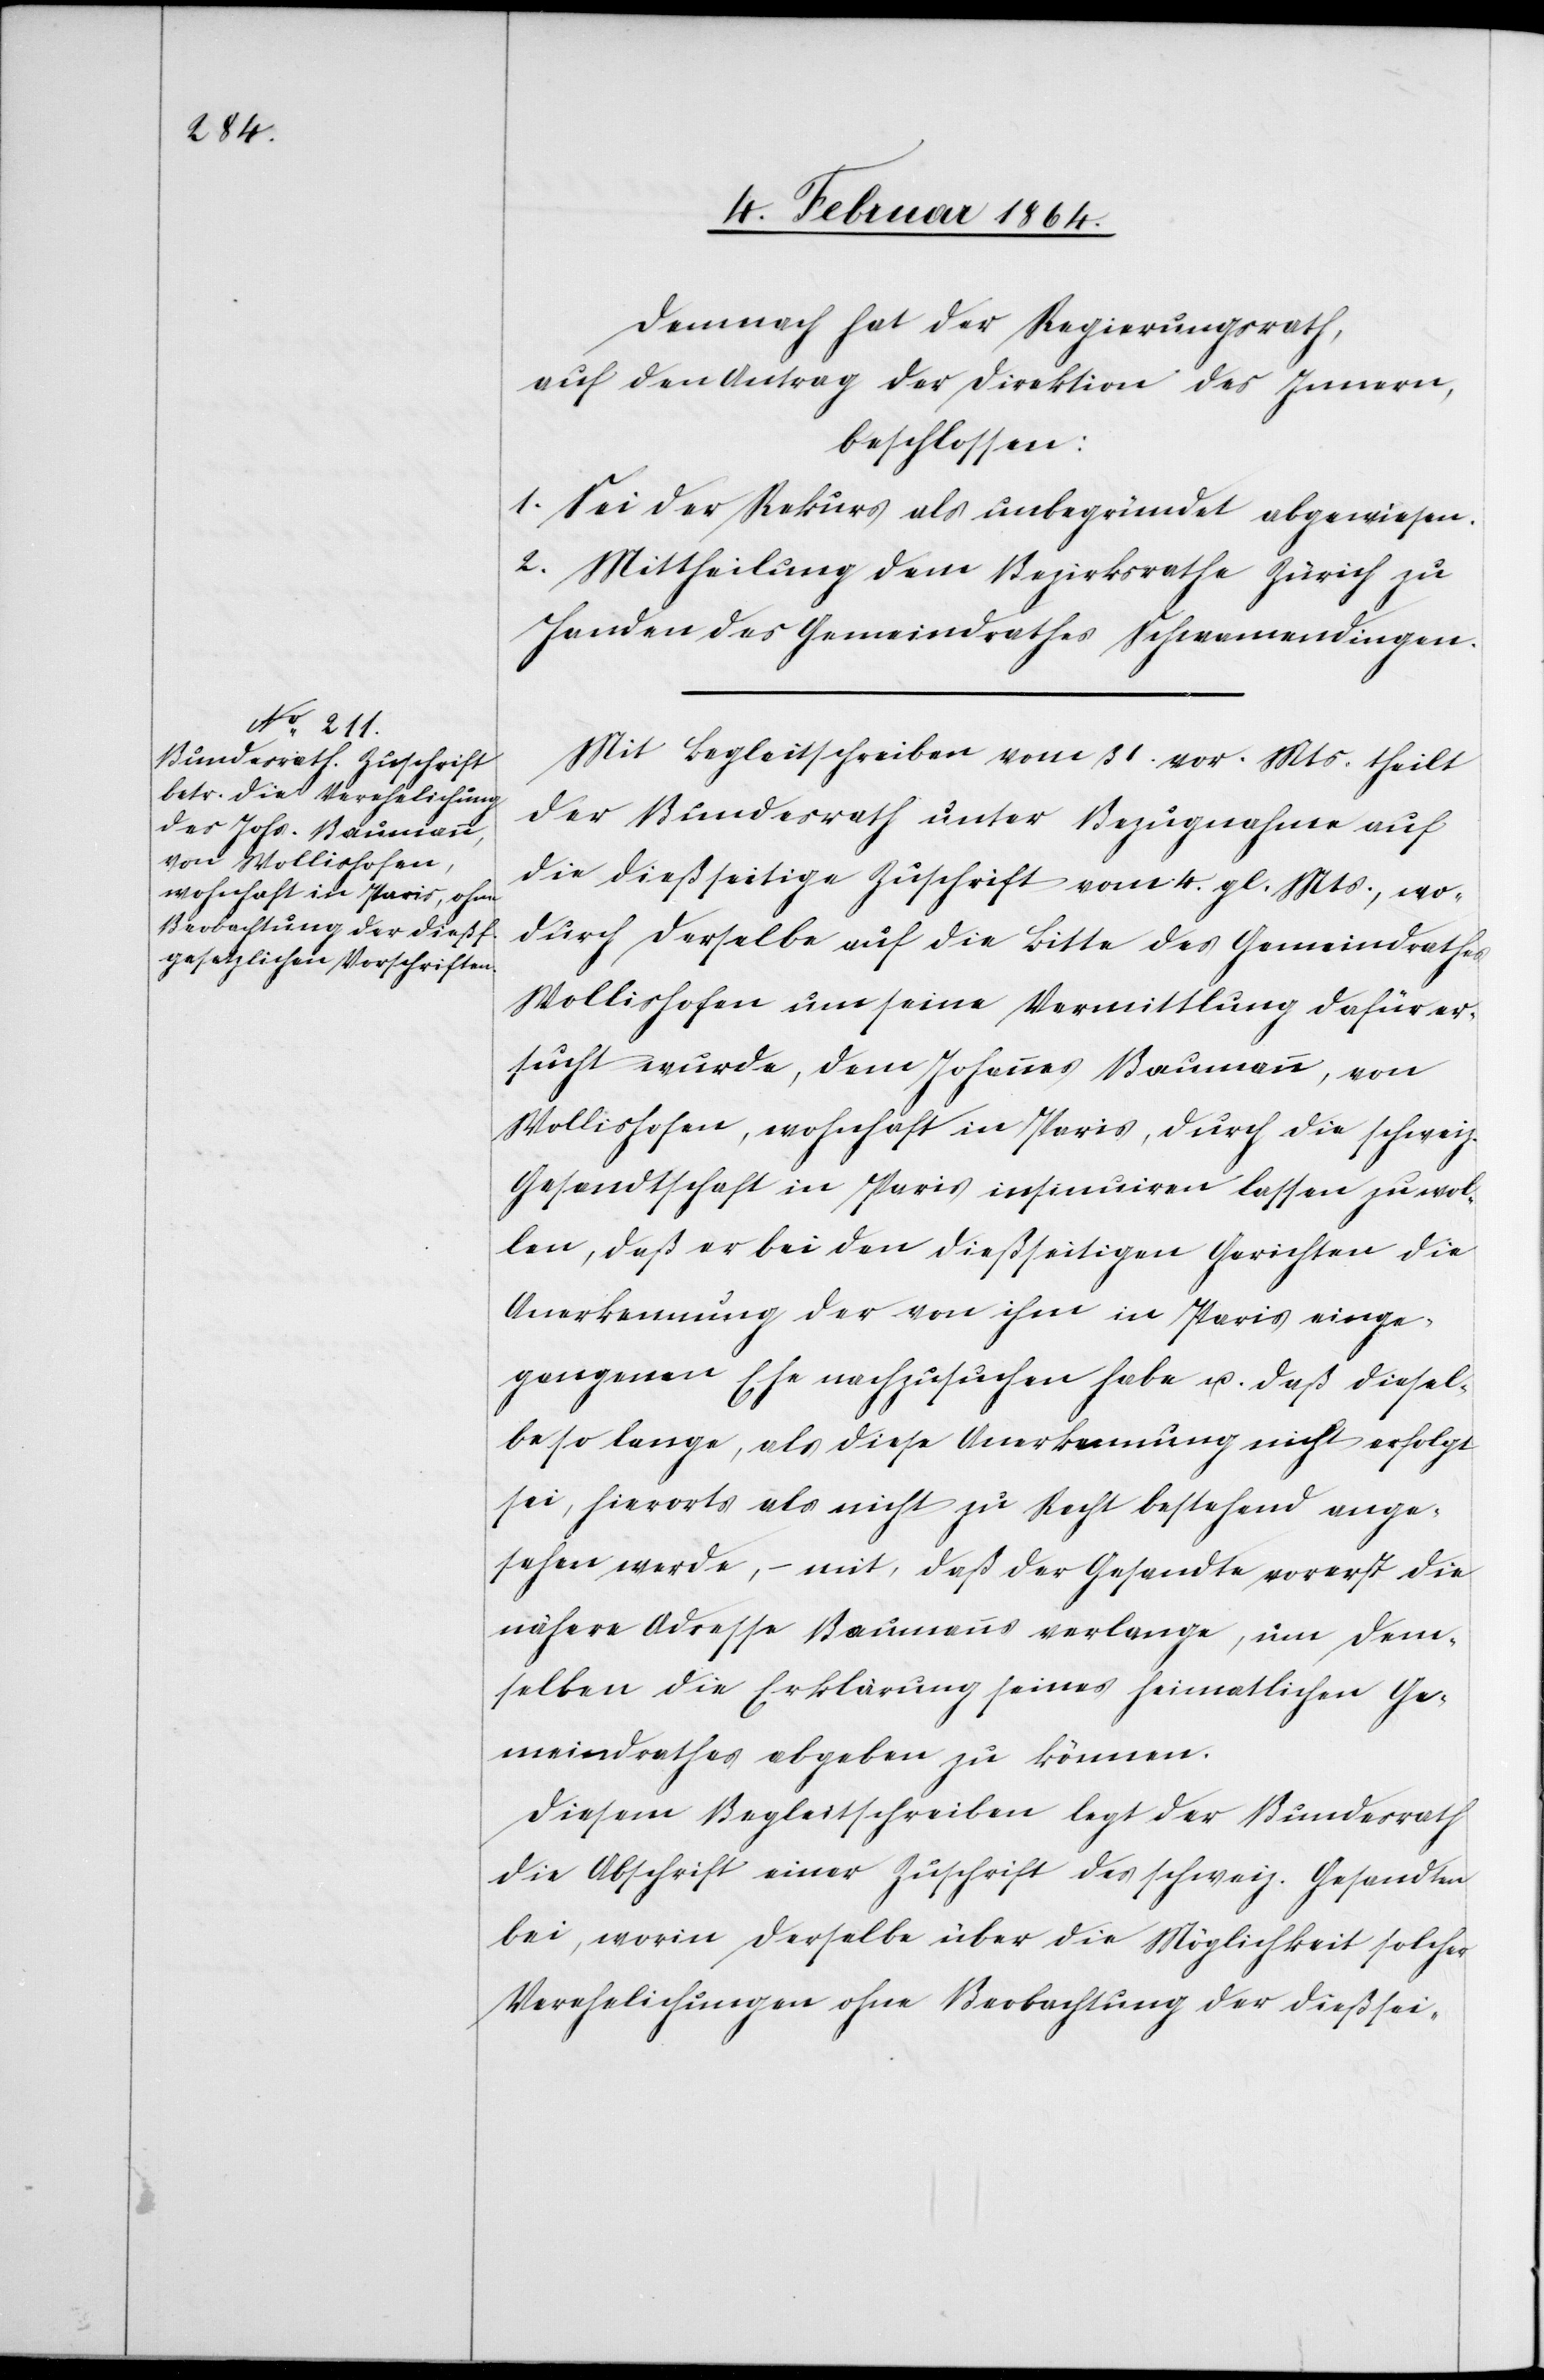
Demnach hat der Regierungsrath,
auf den Antrag der Direktion des Innern,
beschlossen:
1. Sei der Rekurs als unbegründet abgewiesen.
2. Mittheilung dem Bezirksrathe Zürich zu
Handen des Gemeindrathes Schwamendingen.
Mit Begleitschreiben vom 31. vor. Mts. theilt
der Bundesrath unter Bezugnahme auf
die dießseitige Zuschrift vom 4. gl. Mts., wo¬
durch derselbe auf die Bitte des Gemeindrathes
Wollishofen um seine Vermittlung dafür er¬
sucht wurde, dem Johannes Baumann, von
Wollishofen, wohnhaft in Paris, durch die schweiz.
Gesandtschaft in Paris insinuiren lassen zu wol¬
len, daß er bei den dießseitigen Gerichten die
Anerkennung der von ihm in Paris einge¬
gangenen Ehe nachzusuchen habe u. daß diesel¬
be so lange, als diese Anerkennung nicht erfolgt
sei, hierorts als nicht zu Recht bestehend ange¬
sehen werde – mit, daß der Gesandte vorerst die
nähere Adresse Baumanns verlange, um dem¬
selben die Erklärung seines heimatlichen Ge¬
meindrathes abgeben zu können.
Diesem Begleitschreiben legt der Bundesrath
die Abschrift einer Zuschrift des schweiz. Gesandten
bei, worin derselbe über die Möglichkeit solcher
Verehelichungen ohne Beobachtung der dießsei-